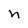
Character: n